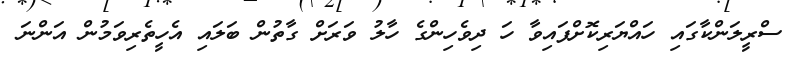
ސްރީލަންކާގައި ހައްޔަރިކޮށްފައިވާ ހަ ދިވެހިންގެ ހާލު ވަރަށް ގާތުން ބަލައި އެހީތެރިވަމުން އަންނަ